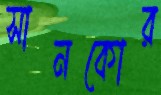
সানকোর